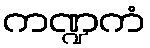
ကဏ္ဍကံ